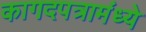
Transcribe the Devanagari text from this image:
कागदपत्रामंध्ये